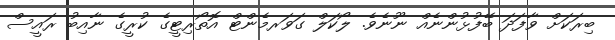
ބިރަކަށް ވާފަދަ ބޭފުޅުންނެއް ނޫނެވެ. ލޯކަލް ގަވަރމެންޓް އޮތޯރިޓީގެ ކުރީގެ ނާއިބު ރައީސް